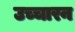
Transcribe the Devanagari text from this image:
उच्चारन